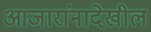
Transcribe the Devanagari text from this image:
आजारांनादेखील